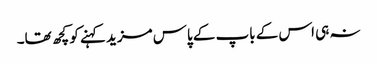
نہ ہی اس کے باپ کے پاس مزید کہنے کو کچھ تھا۔